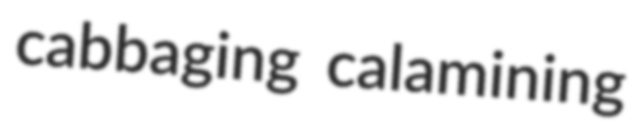
cabbaging calamining